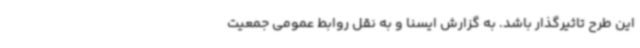
این طرح تاثیرگذار باشد. به گزارش ایسنا و به نقل روابط عمومی جمعیت